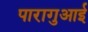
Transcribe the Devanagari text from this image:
पारागुआई